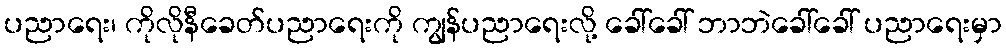
ပညာရေး၊ ကိုလိုနီခေတ်ပညာရေးကို ကျွန်ပညာရေးလို့ ခေါ်ခေါ် ဘာဘဲခေါ်ခေါ် ပညာရေးမှာ